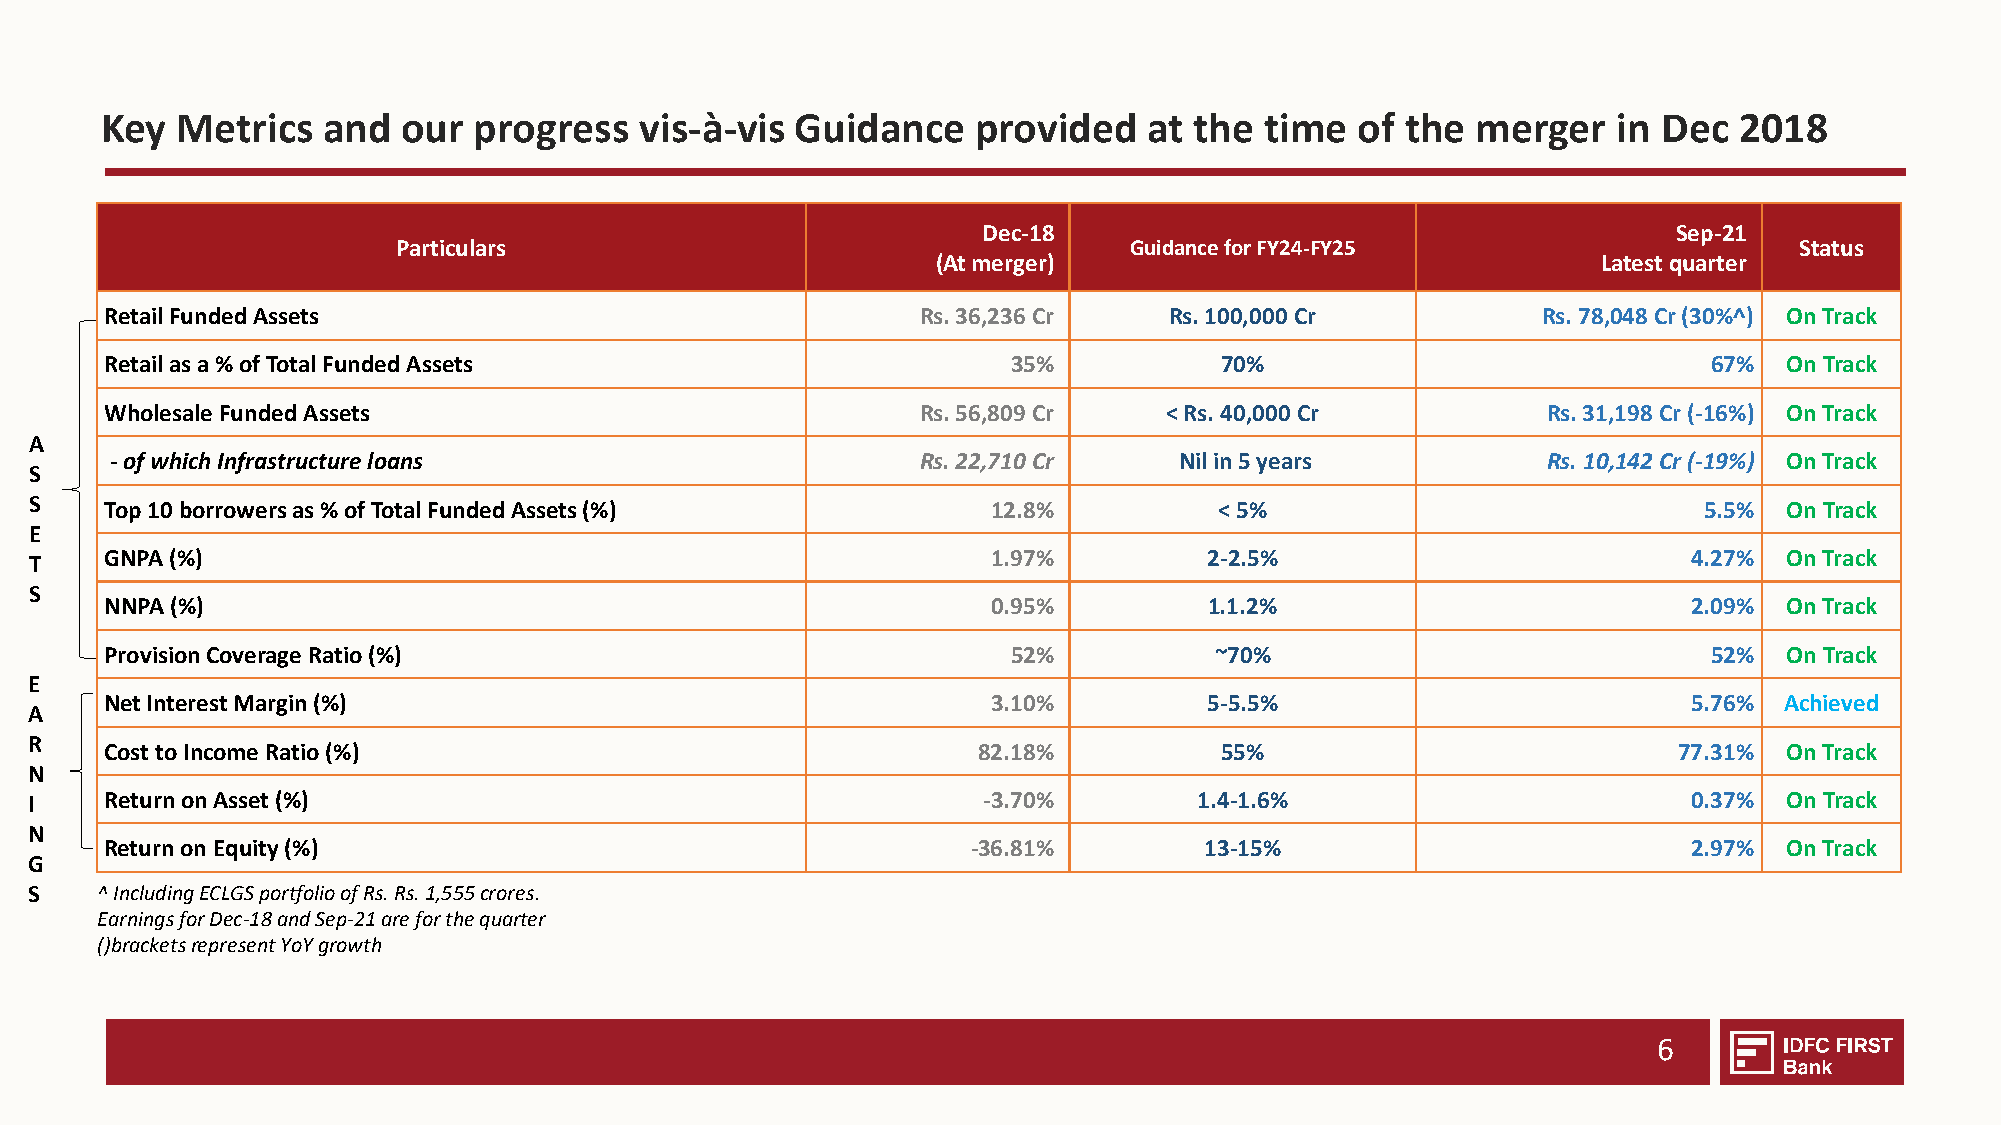
Key  Metrics  and   our progress   vis-à-vis  Guidance    provided   at the  time  of the  merger   in Dec  2018
 Dec-18                                        Sep-21
 Particulars                                      Guidance for FY24-FY25                      Status
 (At merger)                                 Latest quarter
 Retail Funded Assets                                  Rs. 36,236 Cr   Rs. 100,000 Cr           Rs. 78,048 Cr (30%^) On Track
 Retail as a % of Total Funded Assets                        35%           70%                             67%  On Track
 Wholesale Funded Assets                               Rs. 56,809 Cr   < Rs. 40,000 Cr          Rs. 31,198 Cr (-16%) On Track
 A
 -of which Infrastructure loans                        Rs. 22,710 Cr    Nil in 5 years          Rs. 10,142 Cr (-19%) On Track
 S
 S    Top 10 borrowers as % of Total Funded Assets (%)           12.8%          < 5%                            5.5% On Track
 E
 T    GNPA (%)                                                   1.97%         2-2.5%                          4.27% On Track
 S
 NNPA (%)                                                   0.95%         1.1.2%                          2.09% On Track
 Provision Coverage Ratio (%)                                52%          ~70%                             52%  On Track
 E
 Net Interest Margin (%)                                    3.10%         5-5.5%                          5.76% Achieved
 A
 R
 Cost to Income Ratio (%)                                  82.18%          55%                           77.31% On Track
 N
 I    Return on Asset (%)                                       -3.70%        1.4-1.6%                         0.37% On Track
 N
 Return on Equity (%)                                     -36.81%         13-15%                          2.97% On Track
 G
 S   ^IncludingECLGSportfolioofRs.Rs.1,555crores.
 EarningsforDec-18andSep-21areforthequarter
 ()bracketsrepresentYoYgrowth
 6